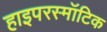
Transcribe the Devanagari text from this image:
हाइपरस्मॉटिक